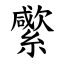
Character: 䌠